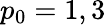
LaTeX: p_{0}=1,3